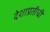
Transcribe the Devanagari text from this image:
देशाप्रतीची